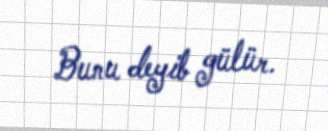
Bunu deyib gülür.